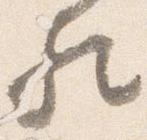
歟